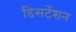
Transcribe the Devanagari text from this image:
डिसर्टेशन